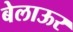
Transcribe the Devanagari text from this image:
बेलाऊर